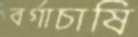
বর্গাচাষি